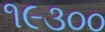
૧૯૩૦૦